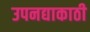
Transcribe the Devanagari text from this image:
उपनद्याकाठी